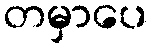
တမှာပေ